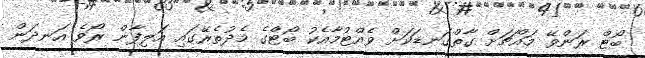
ބޯޓް ރަންވޭ މައްޗަށް ގާތްގަނޑަކަށް ވެއްޓުމާއެކު ބޯޓްގެ މެދުތެރޭގައި އަލިފާން ރޯވެ އަނދަން